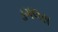
ડગલસ